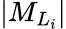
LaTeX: \vert{M}_{{L}_{i}}\vert